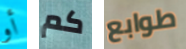
أو كم طوابع